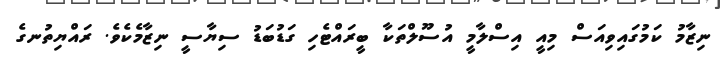
ނިޒާމު ކަމުގައިވިއަސް މިއީ އިސްލާމީ އުސޫލްތަކާ ބީރައްޓެހި ގަޑުބަޑު ސިޔާސީ ނިޒާމެކެވެ. ރައްޔިތުނގެ